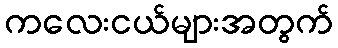
ကလေးငယ်များအတွက်